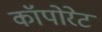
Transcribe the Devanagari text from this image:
कॉपोरेट